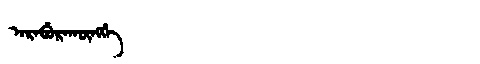
Manchu: ᠠᡵᠠᠪᡠᡵᠠᡴᡡᠩᡤᡝ
Romanization: ARABURAKŪNGGE